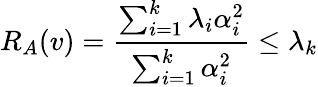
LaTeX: R_{A}(v)={\frac{\sum_{i=1}^{k}\lambda_{i}\alpha_{i}^{2}}{\sum_{i=1}^{k}\alpha_{i}^{2}}}\leq\lambda_{k}